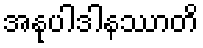
အနုပါဒါနဿာတိ